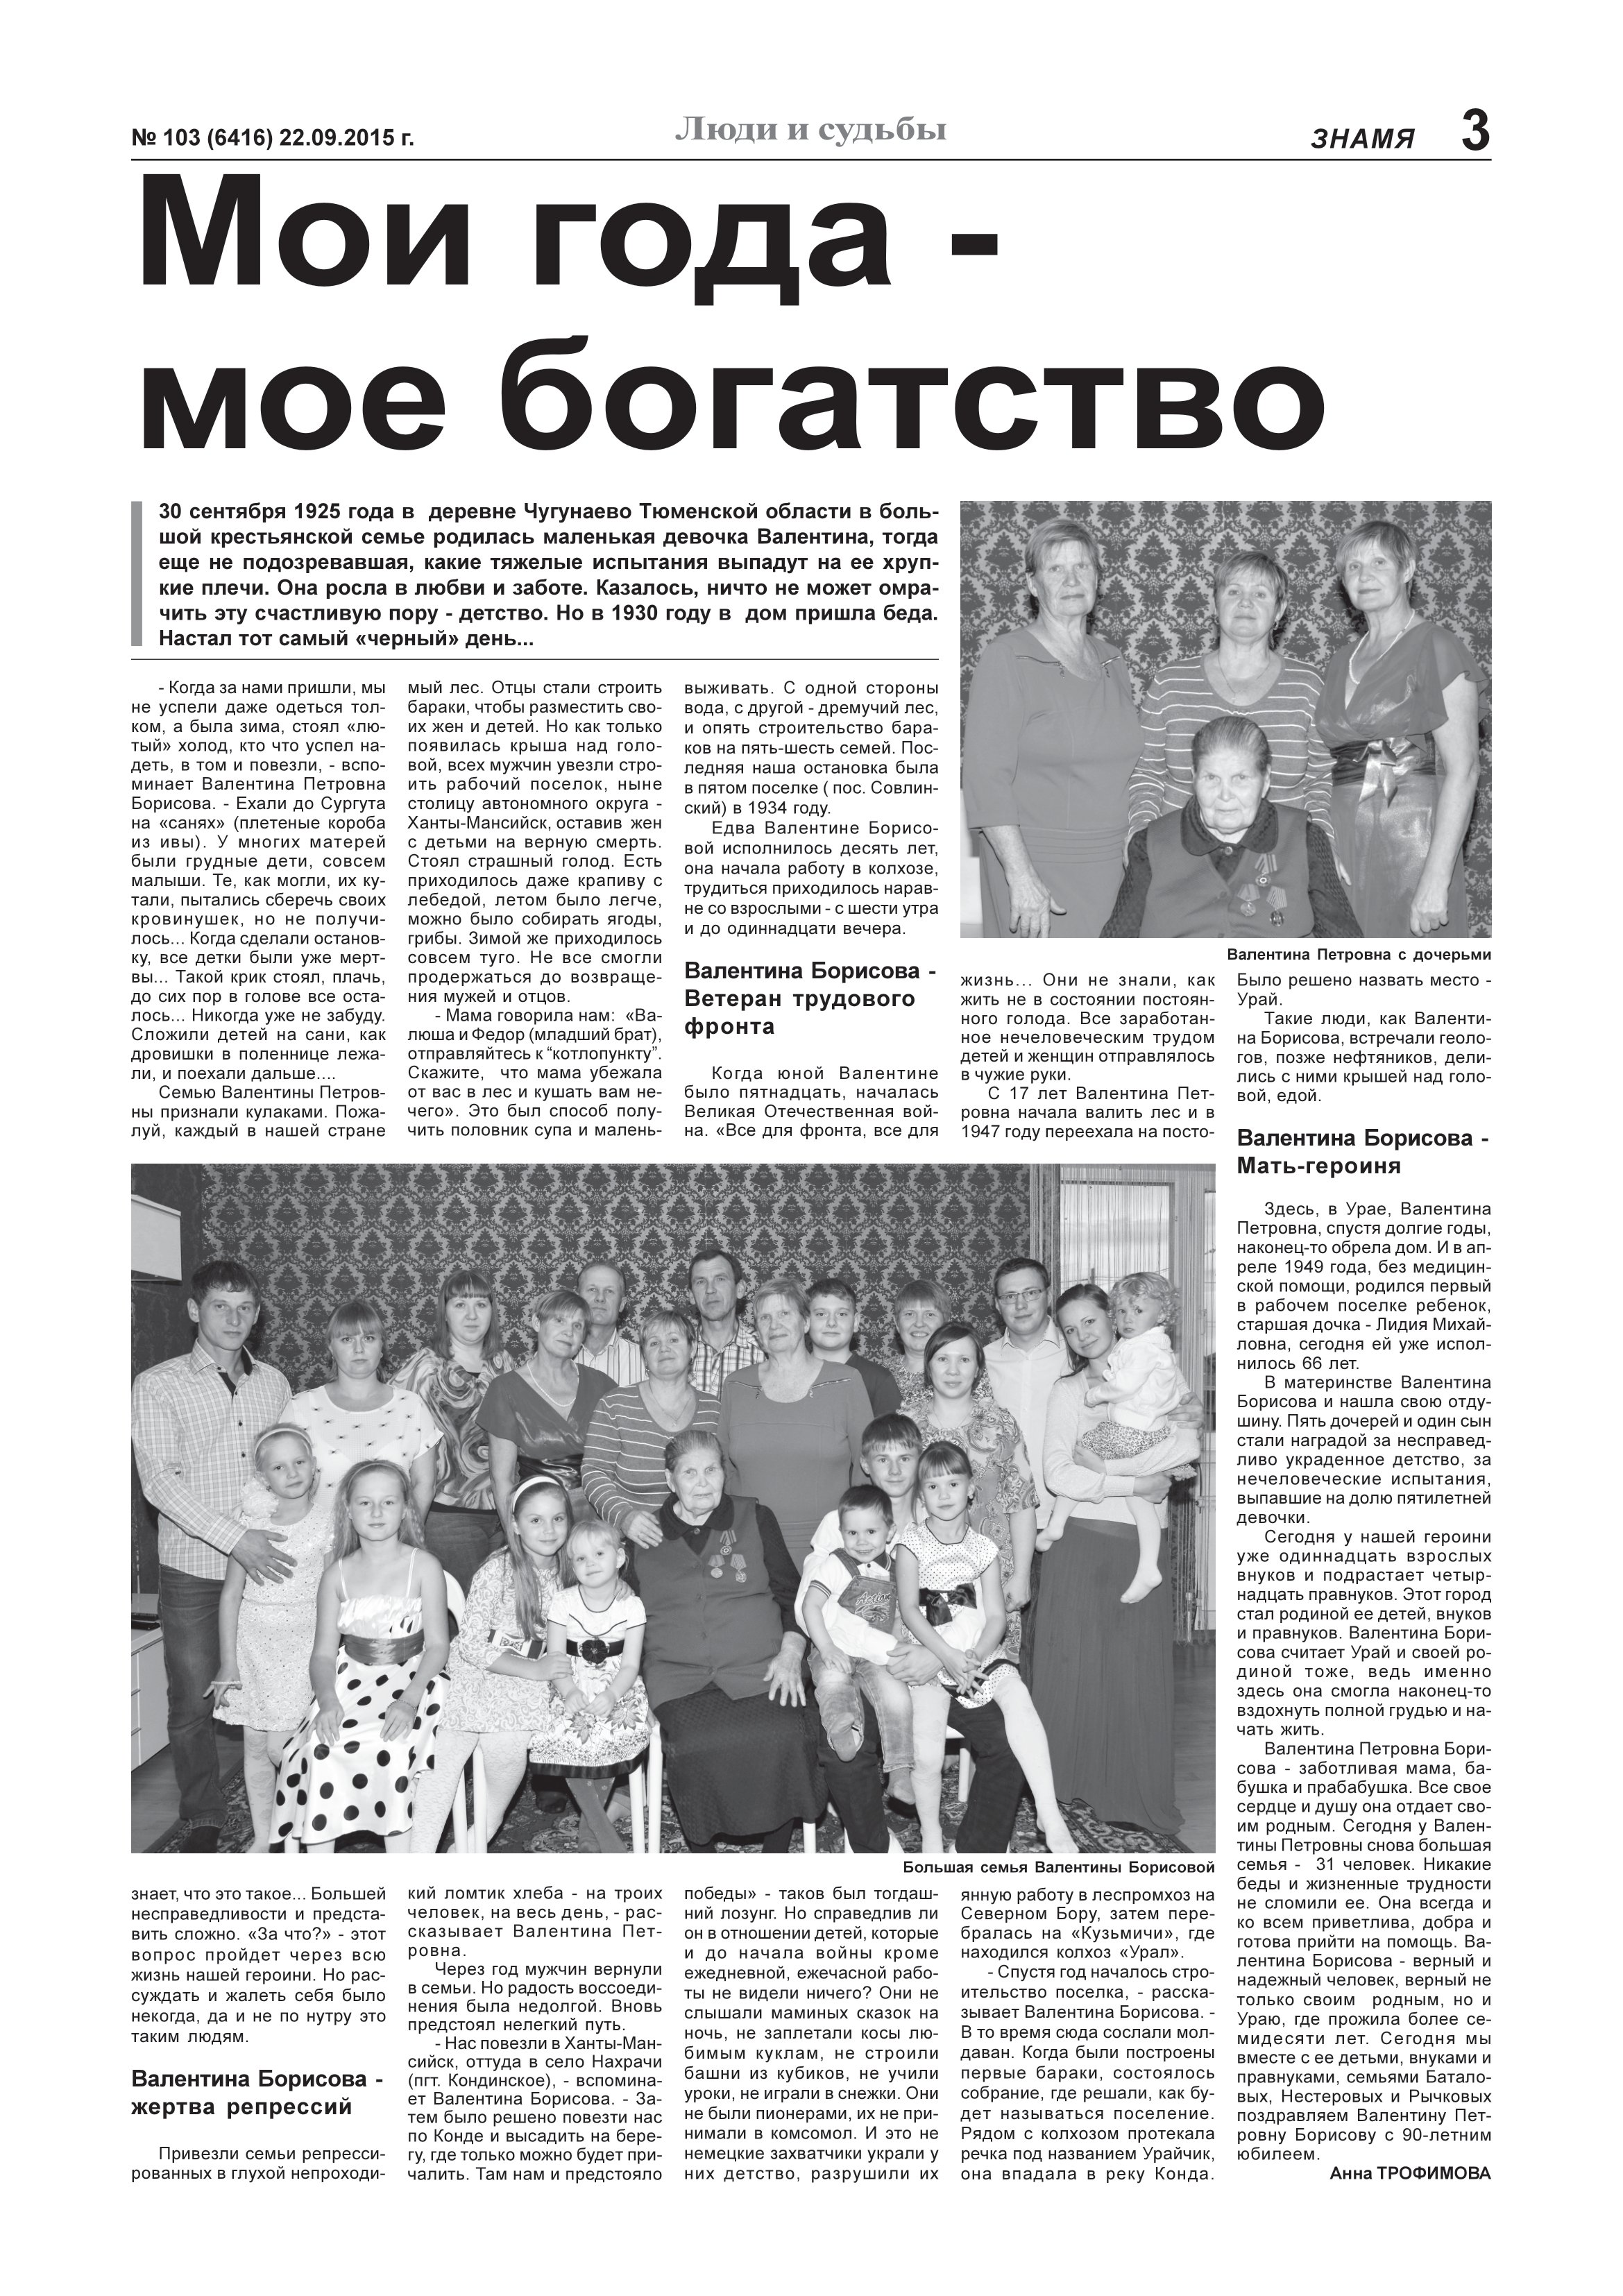
Language: ru